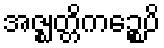
အဇ္ဈတ္တိကဉ္စေပိ